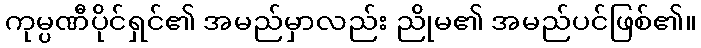
ကုမ္ပဏီပိုင်ရှင်၏ အမည်မှာလည်း ညိုမ၏ အမည်ပင်ဖြစ်၏။